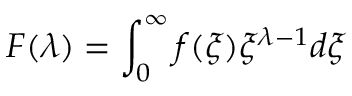
F ( \lambda ) = \int _ { 0 } ^ { \infty } f ( \xi ) \xi ^ { \lambda - 1 } d \xi